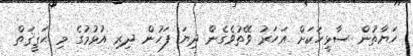
ހަޔާތުން ސާޅީހަކަށް އަހަރު ވޭތުވެގެން ދިޔަ ފަހުން ދިރި އުޅުމުގެ މި ޙަޤީޤަތް